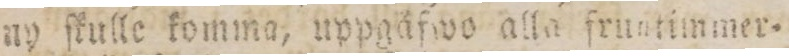
ny ſkulle komma, uppgåfwo alla fruntimmer=